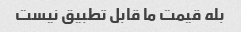
بله قیمت ما قابل تطبیق نیست